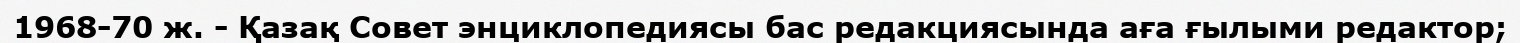
1968-70 ж. - Қазақ Совет энциклопедиясы бас редакциясында аға ғылыми редактор;